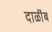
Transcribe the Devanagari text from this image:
दाळींब